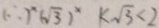
( \therefore ) ^ { x } ( \sqrt { 3 } ) ^ { x } k \sqrt { 3 } < 2